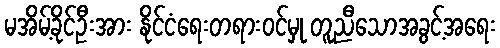
မအိမ့်ခိုင်ဦးအား နိုင်ငံရေးတရားဝင်မှု တူညီသောအခွင့်အရေး